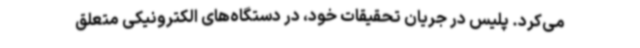
می‌کرد. پلیس در جریان تحقیقات خود، در دستگاه‌های الکترونیکی متعلق